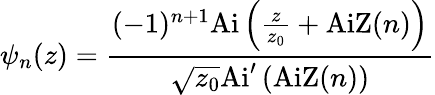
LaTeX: \psi_{n}(z)=\frac{(-1)^{n+1}\mathrm{Ai}\left(\frac{z}{z_{0}}+\mathrm{AiZ}(n)\right)}{\sqrt{z_{0}}\mathrm{Ai}^{\prime}\left(\mathrm{AiZ}(n)\right)}